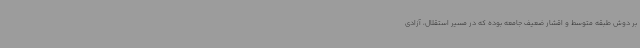
بر دوش طبقه متوسط و اقشار ضعیف جامعه بوده که در مسیر استقلال، آزادی